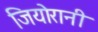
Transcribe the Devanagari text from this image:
जियोरानी